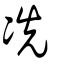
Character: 冼